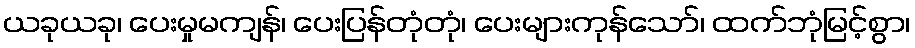
ယခုယခု၊ ပေးမှုမကျန်၊ ပေးပြန်တုံတုံ၊ ပေးများကုန်သော်၊ ထက်ဘုံမြင့်စွာ၊